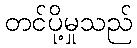
တင်ပို့မှုသည်